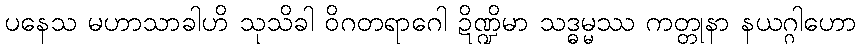
ပနေသ မဟာသာခါဟိ သုသိခါ ဝိဂတရာဂေါ ဍိဏ္ဍိမာ သဒ္ဓမ္မဿ ကတ္တုနာ နယဂ္ဂါဟော